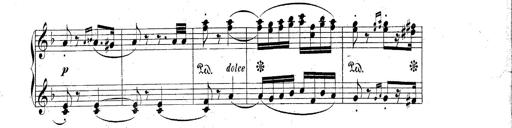
Title: Hungarian Rhapsody No.2
Composer: Franz Liszt
Key: C-sharp minor